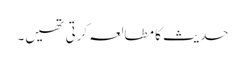
حدیث کا مطالعہ کرتی تھیں۔